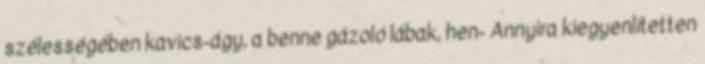
szélességében kavics-ágy, a benne gázoló lábak, hen- Annyira kiegyenlítetten